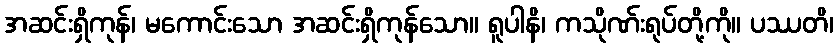
အဆင်းရှိကုန်၊ မကောင်းသော အဆင်းရှိကုန်သော။ ရူပါနိ၊ ကသိုဏ်းရုပ်တို့ကို။ ပဿတိ၊